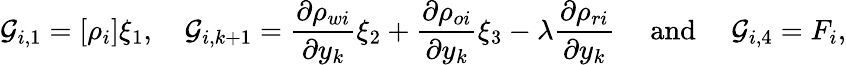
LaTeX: \mathcal{G}_{i,1}=[\rho_{i}]\xi_{1},\quad\mathcal{G}_{i,k+1}=\frac{\partial\rho_{wi}}{\partial y_{k}}\xi_{2}+\frac{\partial\rho_{oi}}{\partial y_{k}}\xi_{3}-\lambda\frac{\partial\rho_{ri}}{\partial y_{k}}\quad\mathrm{~and~}\quad\mathcal{G}_{i,4}=F_{i},